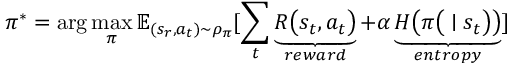
\pi ^ { * } = \arg \operatorname* { m a x } _ { \pi } \mathbb { E } _ { ( s _ { r } , a _ { t } ) \sim \rho _ { \pi } } [ \sum _ { t } \underbrace { R \big ( s _ { t } , a _ { t } \big ) } _ { r e w a r d } + \alpha \underbrace { H \big ( \pi \big ( \mid s _ { t } \big ) \big ) } _ { e n t r o p y } ]